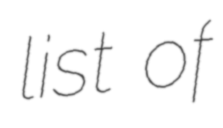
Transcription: list of